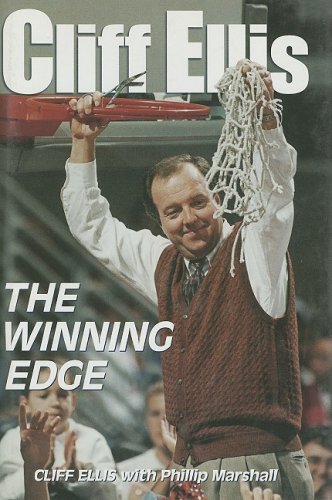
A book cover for Cliff Ellis: The Winning Edge; Sports Publishing Inc; Sports & Outdoors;